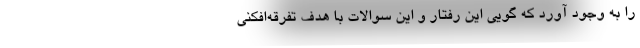
را به وجود آورد که گویی این رفتار و این سوالات با هدف تفرقه‌افکنی